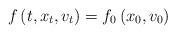
LaTeX: \begin{align*}f\left( t,x_{t},v_{t}\right) =f_{0}\left( x_{0},v_{0}\right)\end{align*}